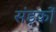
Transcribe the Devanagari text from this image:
संड़कों